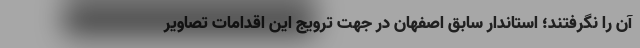
آن را نگرفتند؛ استاندار سابق اصفهان در جهت ترویج این اقدامات تصاویر